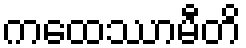
ကထေဿာမီတိ